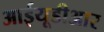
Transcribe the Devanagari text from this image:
आईयूडीआर